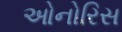
ઓનોરિસ